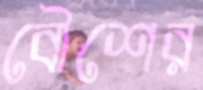
বৌশের